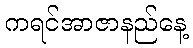
ကရင်အာဇာနည်နေ့